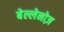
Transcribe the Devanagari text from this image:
बेल्लेनोज़